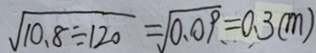
\sqrt { 1 0 . 8 \div 1 2 0 } = \sqrt { 0 . 0 9 } = 0 . 3 ( m )